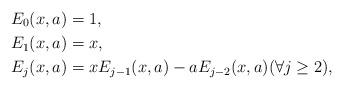
LaTeX: \begin{align*} E_0(x, a) &= 1 ,\\ E_1(x, a) &= x ,\\ E_j(x, a) &= x E_{j-1}(x, a) - a E_{j-2}(x, a) (\forall j \ge 2) ,\end{align*}